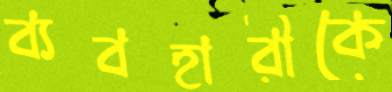
ব্যবহারীকে